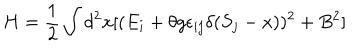
H = \frac { 1 } { 2 } \int d ^ { 2 } x [ ( E _ { i } + \theta g \epsilon _ { i j } \delta ( S _ { j } - x ) ) ^ { 2 } + B ^ { 2 } ]